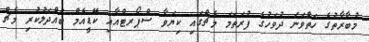
މުބާރާތުގެ ހަތްވަނަ ދުވަހުގެ ފުރަތަމަ މެޗްގައި ކިޔަވާ ސްޕޯރޓްއާއި ކޭޑީއެމް ބައްދަލުކުރި މެޗް